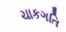
ચાકગતિ